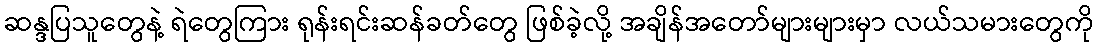
ဆန္ဒပြသူတွေနဲ့ ရဲတွေကြား ရုန်းရင်းဆန်ခတ်တွေ ဖြစ်ခဲ့လို့ အချိန်အတော်များများမှာ လယ်သမားတွေကို